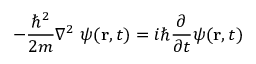
- { \frac { \hbar ^ { 2 } } { 2 m } } \nabla ^ { 2 } \ \psi ( \mathbf { r } , t ) = i \hbar { \frac { \partial } { \partial t } } \psi ( \mathbf { r } , t )